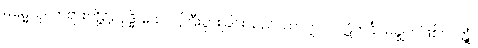
ဓမ္မေသု၊ တရားတို့၌။ ဝုဒ္ဓိ ယေဝ၊ ကြီးပွားခြင်းသည်သာလျှင်။ ပါဋိကင်္ခါ၊ မချွတ်ဖြစ်လတ္တံ့။